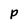
Character: p